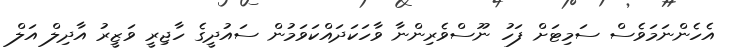
އެހެންނަމަވެސް ސަމިޓަށް ފަހު ނޫސްވެރިންނާ ވާހަކަދައްކަވަމުން ސައުދީގެ ހާޖިރީ ވަޒީރު އާދިލް އަލް